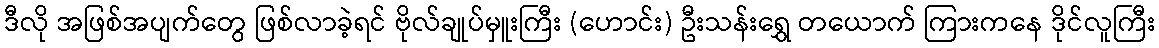
ဒီလို အဖြစ်အပျက်တွေ ဖြစ်လာခဲ့ရင် ဗိုလ်ချုပ်မှူးကြီး (ဟောင်း) ဦးသန်းရွှေ တယောက် ကြားကနေ ဒိုင်လူကြီး